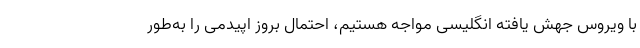
با ویروس جهش یافته انگلیسی مواجه هستیم، احتمال بروز اپیدمی را به‌طور